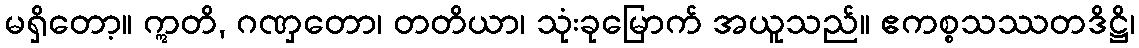
မရှိတော့။ ဣတိ, ဂဏှတော၊ တတိယာ၊ သုံးခုမြောက် အယူသည်။ ဧကစ္စသဿတဒိဋ္ဌိ၊